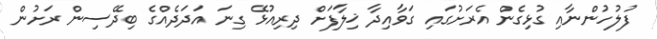
ފުލުހުންނާއި ގުޅިގެން އެރަށުގައި ގަވާއިދާ ޚިލާފަށް ދިރިއުޅޭ ގިނަ އަދަދެއްގެ ބިދޭސިން ރަށުން